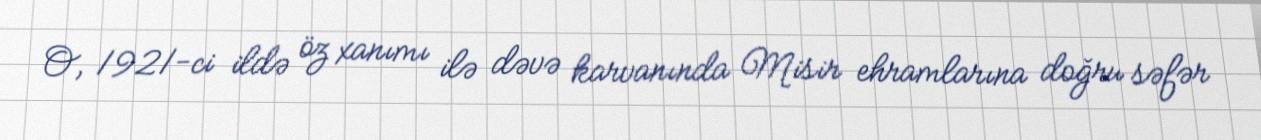
O, 1921-ci ildə öz xanımı ilə dəvə karvanında Misir ehramlarına doğru səfər